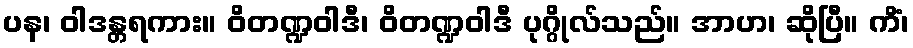
ပန၊ ဝါဒန္တရကား။ ဝိတဏ္ဍဝါဒီ၊ ဝိတဏ္ဍဝါဒီ ပုဂ္ဂိုလ်သည်။ အာဟ၊ ဆိုပြီ။ ကိံ၊